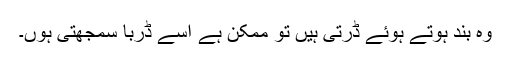
وہ بند ہوتے ہوئے ڈرتی ہیں تو ممکن ہے اسے ڈربا سمجھتی ہوں۔